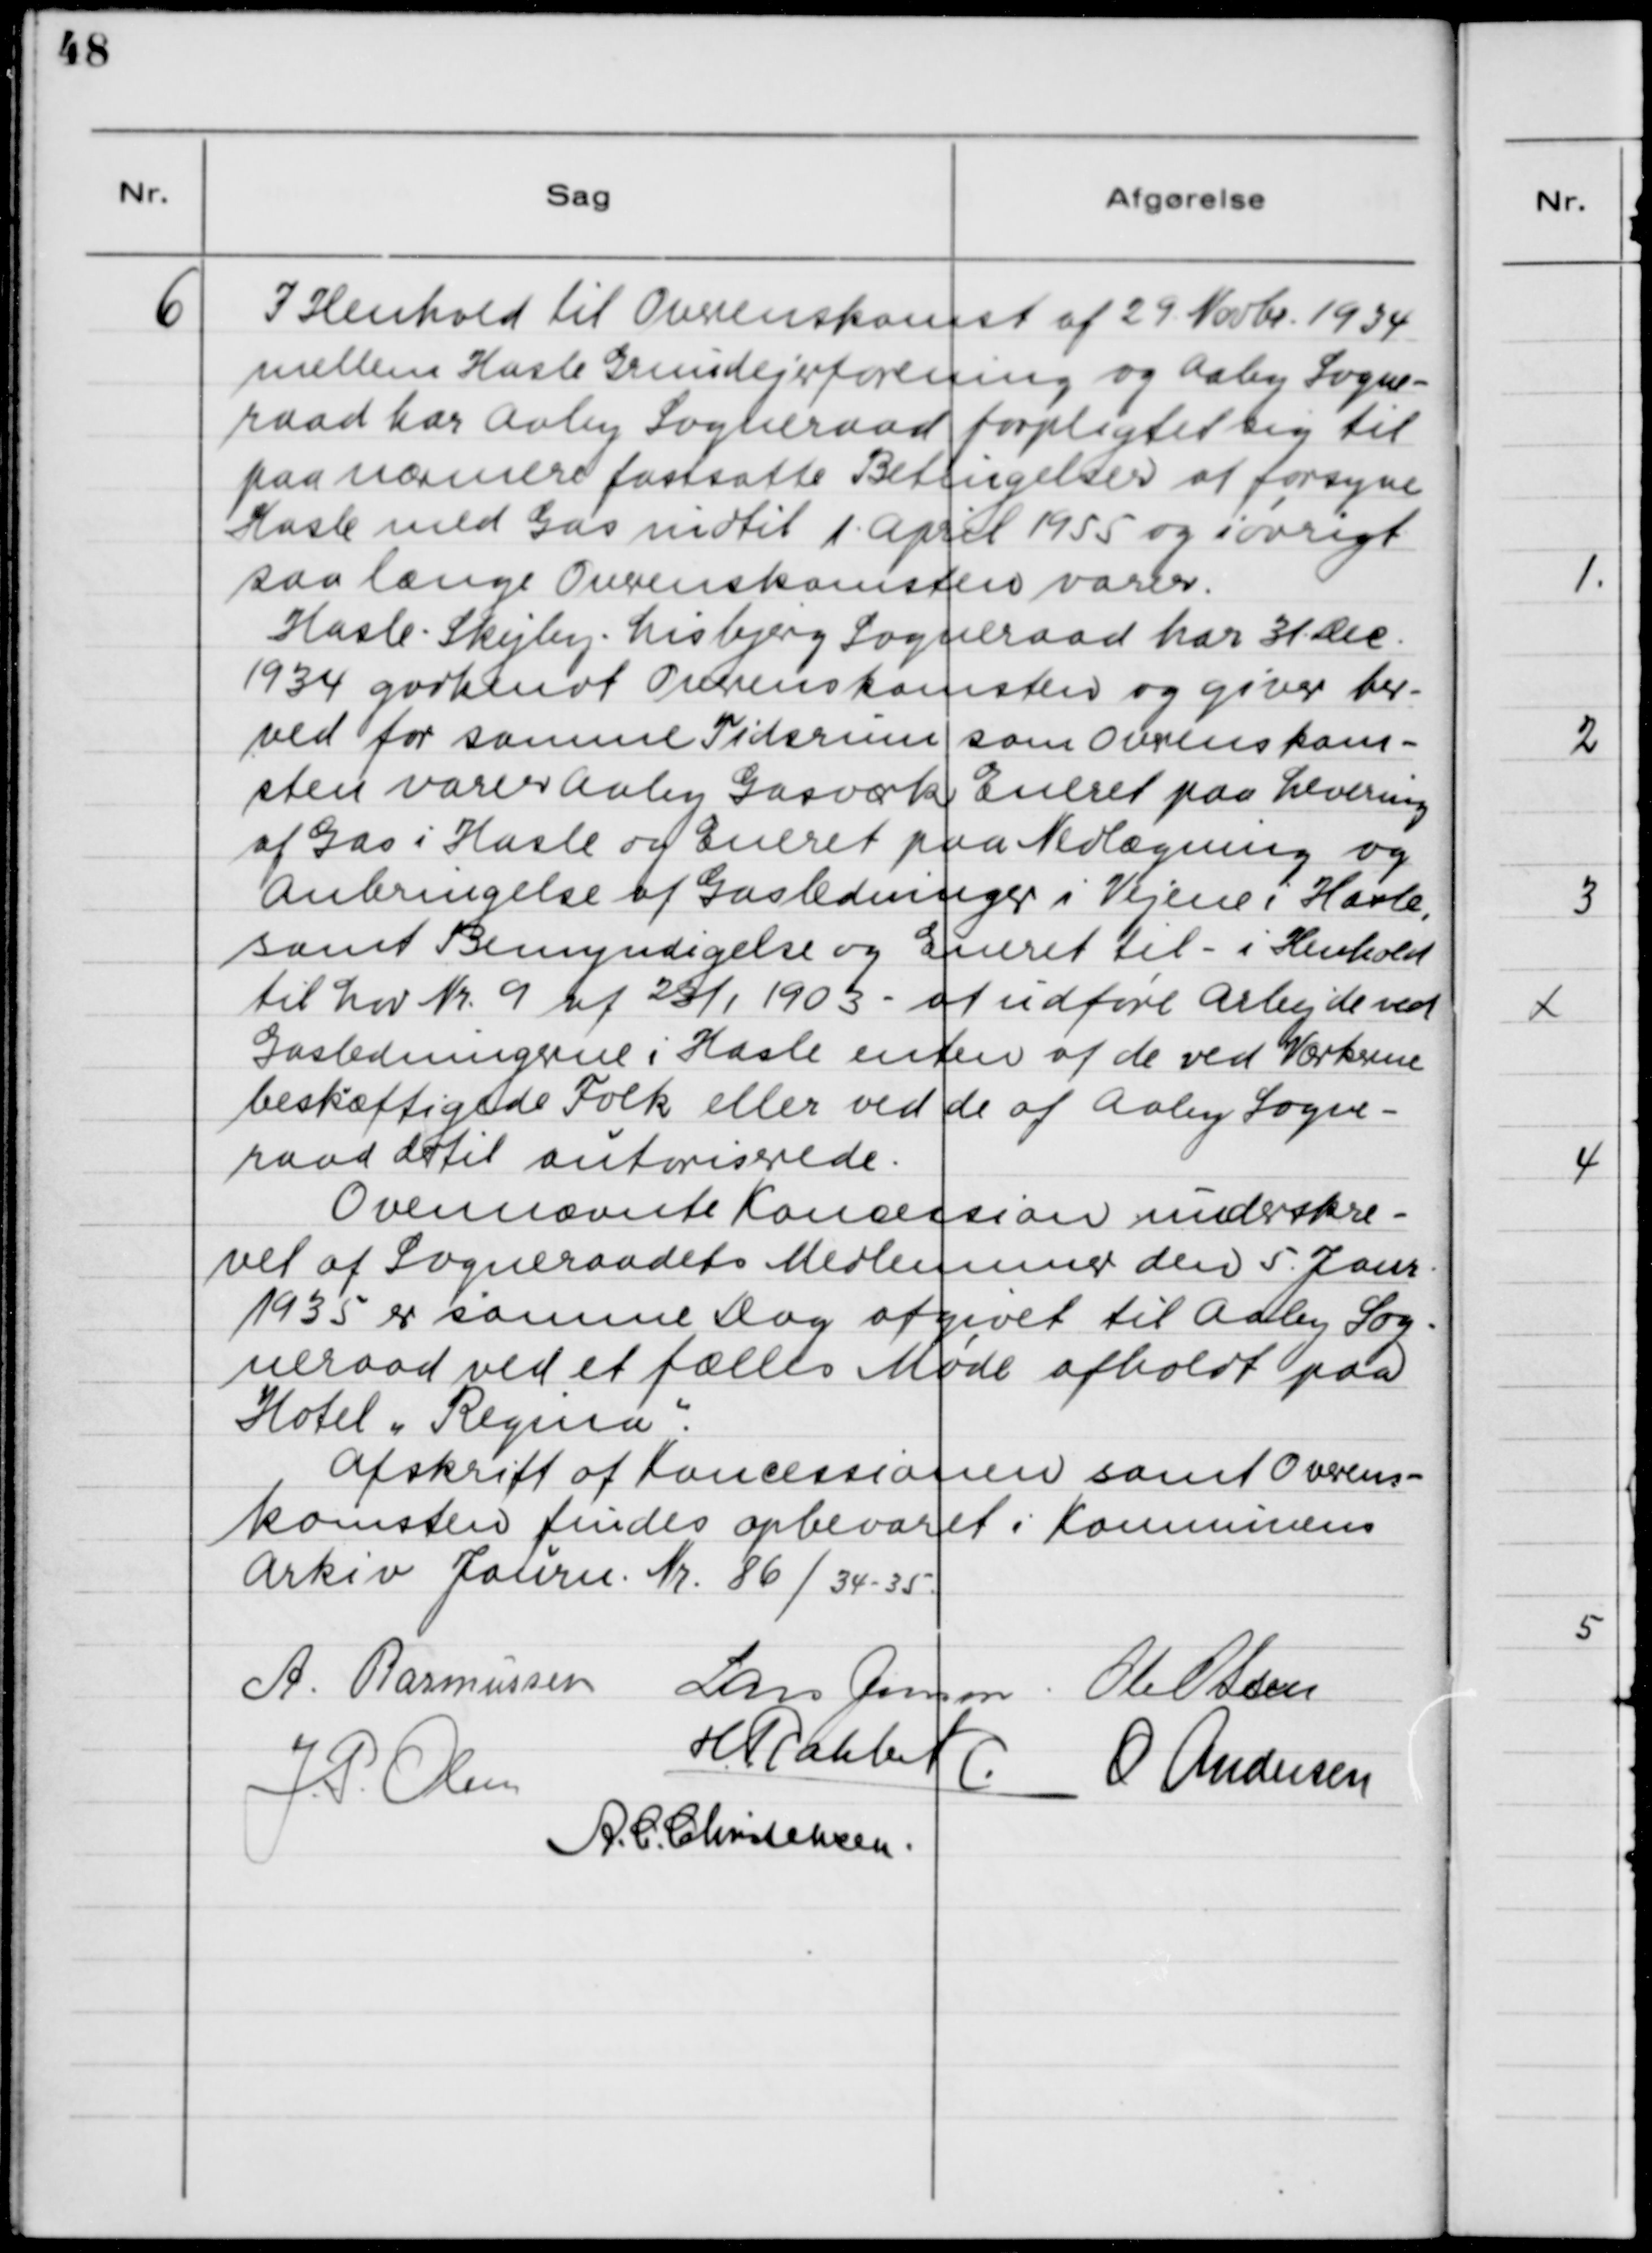
Transskription:
6

I Henhold til Overenskomst af 29. Novbr. 1934
mellem Hasle Grundejerforening og Aaby Sogne-
raad har Aaby Sogneraad forpligtiget sig til
paa Nærmere fastsatte Betingelser at forsyne
Hasle med Gas indtil 1. April 1955 og iøvrigt
saa længe Overenskomsten varer.
Hasle - Skejby - Lisbjerg Sogneraad har 31. Dec.
1934 godkendt Overenskomsten og giver her-
ved for samme Tidsrum som Overenskom-
sten varer Aaby Gasværk Eneret paa Levering
af Gas i Hasle og Eneret paa Nedlægning og
Anbringelse af Gasledninger i Vejene i Hasle,
samt Bemyndigelse og Eneret til - i Henhold
til Lov Nr. 9 af 22/1 1903 - at udføre Arbejde ved
Gasledningerne i Hasle enten af de ved Værkerne
beskæftigede Folk eller ved de af Aaby Sogne-
raad dertil autoriserede.
Ovennævnte Koncession underskre-
vet af Sogneraadets Medlemmer den 5. Janr.
1935 er samme Dag afgivet til Aaby Sog-
neraad ved et fælles Møde afholdt paa
Hotel "Regina".
Afskrift af Koncessionen samt Overens-
komsten findes opbevaret i Kommunens
Arkiv Janrn. Nr. 86/34-35.